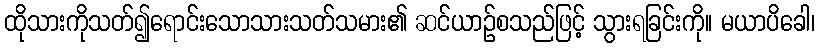
ထိုသားကိုသတ်၍ရောင်းသောသားသတ်သမား၏ ဆင်ယာဉ်စသည်ဖြင့် သွားရခြင်းကို။ မယာပိခေါ၊